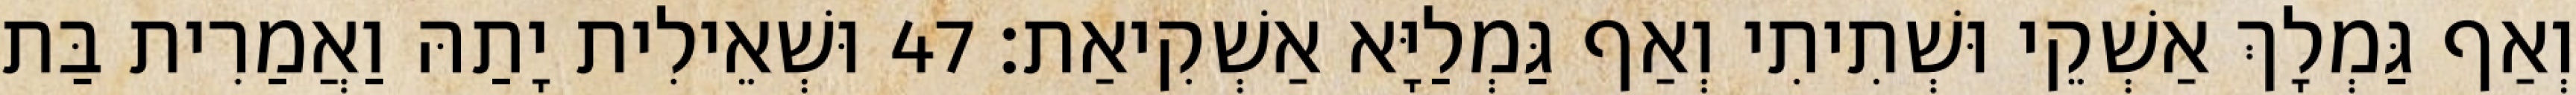
וְאַף גַּמְלָךְ אַשְׁקֵי וּשְׁתִיתִי וְאַף גַּמְלַיָּא אַשְׁקִיאַת׃ 47 וּשְׁאֵילִית יָתַהּ וַאֲמַרִית בַּת